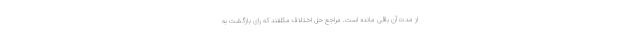
از مدت آن باقی مانده است. مراجع حل اختلاف مکلفند که رای بازگشت به